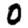
Digit: 0